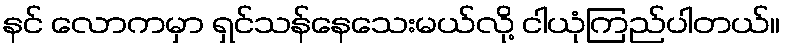
နင် လောကမှာ ရှင်သန်နေသေးမယ်လို့ ငါယုံကြည်ပါတယ်။